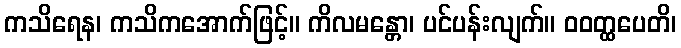
ကသိရေန၊ ကသိကအောက်ဖြင့်။ ကိလမန္တော၊ ပင်ပန်းလျက်။ ဝဝတ္ထပေတိ၊